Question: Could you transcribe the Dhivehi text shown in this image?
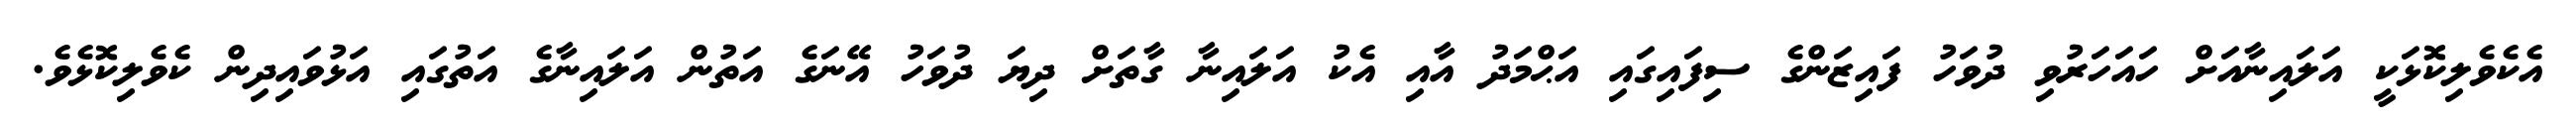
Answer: އެކެވެލިކޮޅަކީ އަލައިނާއަށް ހައަހަރުވި ދުވަހު ފައިޒަންގެ ސިފައިގައި އަޙްމަދު އާއި އެކު އަލައިނާ ގާތަށް ދިޔަ ދުވަހު އޭނަގެ އަތުން އަލައިނާގެ އަތުގައި އަޅުވައިދިން ކެވެލިކޮޅެވެ.